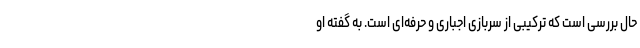
حال بررسی است که ترکیبی از سربازی اجباری و حرفه‌ای است. به گفته او